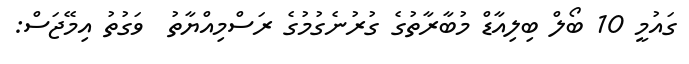
ގައުމީ 10 ބޯލް ބިލިއާޑް މުބާރާތުގެ ގުރުނެގުމުގެ ރަސްމިއްޔާތު  ވަގުތު އިމޭޖަސް: